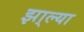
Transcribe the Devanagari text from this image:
झा्ल्या